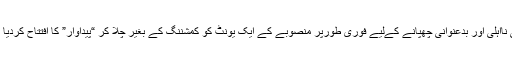
اپنی نااہلی اور بدعنوانی چھپانے کےلیے فوری طورپر منصوبے کے ایک یونٹ کو کمشننگ کے بغیر چلا کر “پیداوار” کا افتتاح کردیا گیا۔